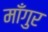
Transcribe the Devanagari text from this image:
माँगुर